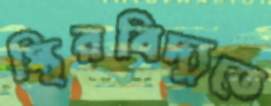
স্থিরবিদ্যুতে